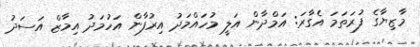
މާޒިޔާގެ ފުރަތަމަ އެގާރަ: އަމްދާން އަލީ މުހައްމަދު އިރުފާން އަހުމަދު އިމާޒް އަސަދު